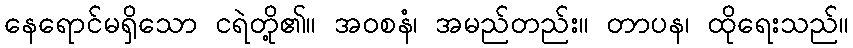
နေရောင်မရှိသော ငရဲတို့၏။ အဝစနံ၊ အမည်တည်း။ တာပန၊ ထိုရေးသည်။